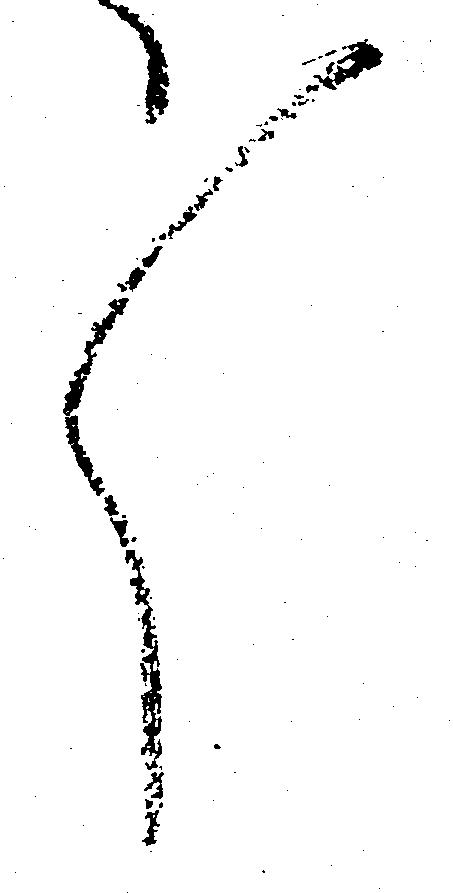
々